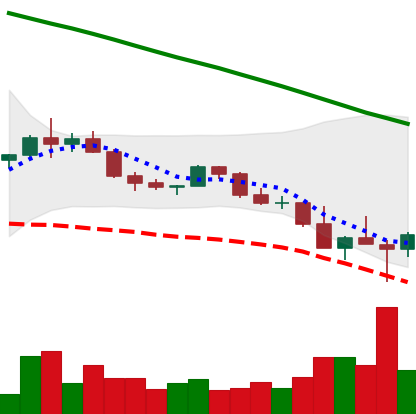
Ticker: ADA-USD
Chart end date: 2022-02-25
Forward return: 4.525%
Label: up_3_5